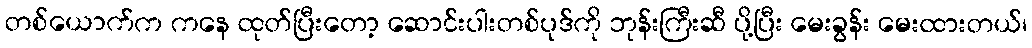
တစ်ယောက်က ကနေ ထုတ်ပြီးတော့ ဆောင်းပါးတစ်ပုဒ်ကို ဘုန်းကြီးဆီ ပို့ပြီး မေးခွန်း မေးထားတယ်၊